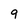
Character: 9